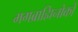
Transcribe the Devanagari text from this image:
मगब्राह्मिनोको